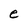
Character: e